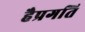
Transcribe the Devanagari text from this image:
हैप्रगति